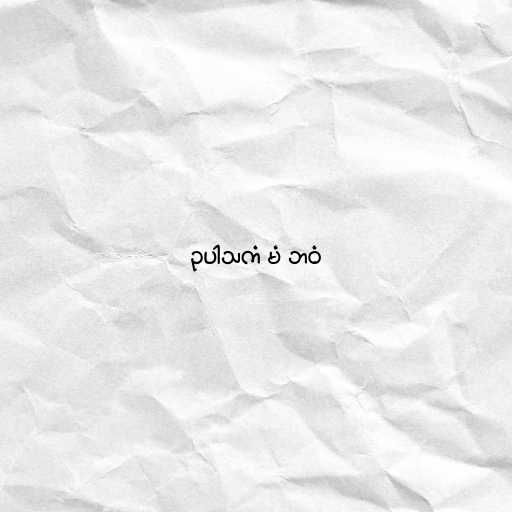
ဥပါသကံ မံ ဘဝံ